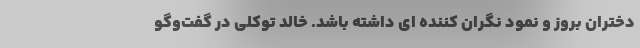
دختران بروز و نمود نگران کننده ای داشته باشد. خالد توکلی در گفت‌وگو